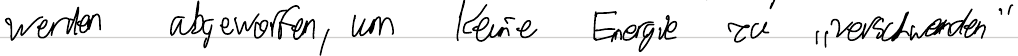
werden abgeworfen, um keine Energie zu "verschwenden"